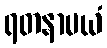
ရတနာမယံ